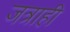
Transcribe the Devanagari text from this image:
जत्राही